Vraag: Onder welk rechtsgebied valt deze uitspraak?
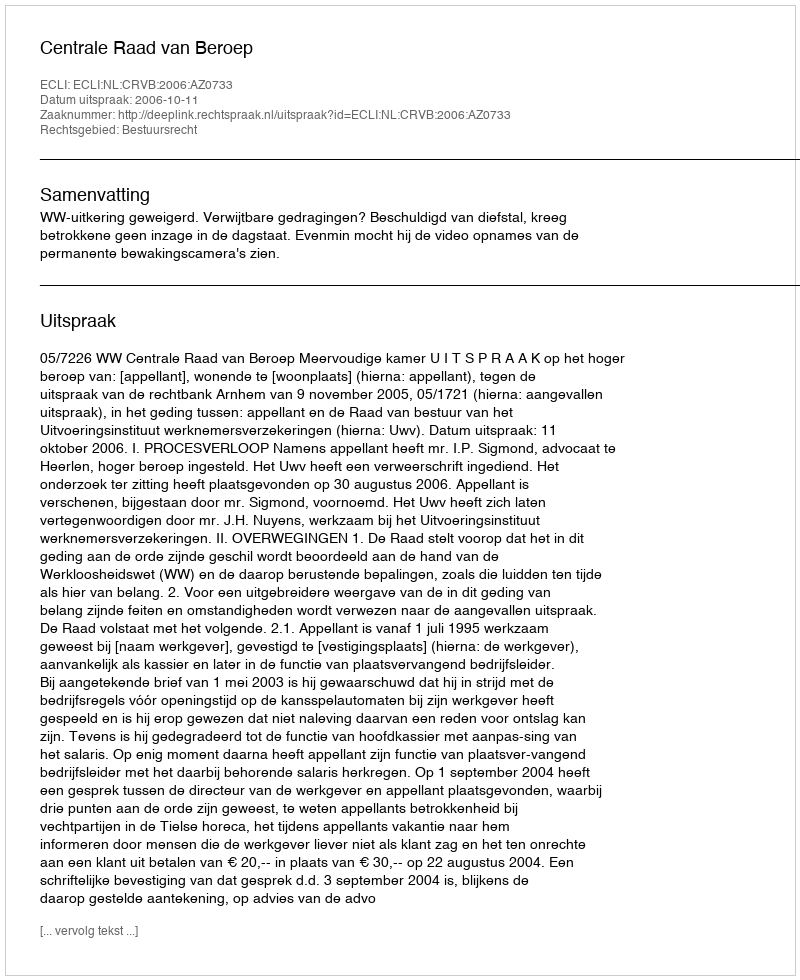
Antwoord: Bestuursrecht